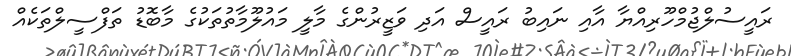
ރައީސުލްޖުމްހޫރިއްޔާ އާއި ނައިބު ރައީސް އަދި ވަޒީރުންގެ މާލީ މައުލޫމާތުތަކުގެ މާބޮޑު ތަފްސީލްތަކެއް